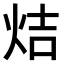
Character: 𤈄